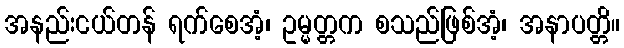
အနည်းငယ်တန် ရက်စေအံ့၊ ဥမ္မတ္တက စသည်ဖြစ်အံ့၊ အနာပတ္တိ။